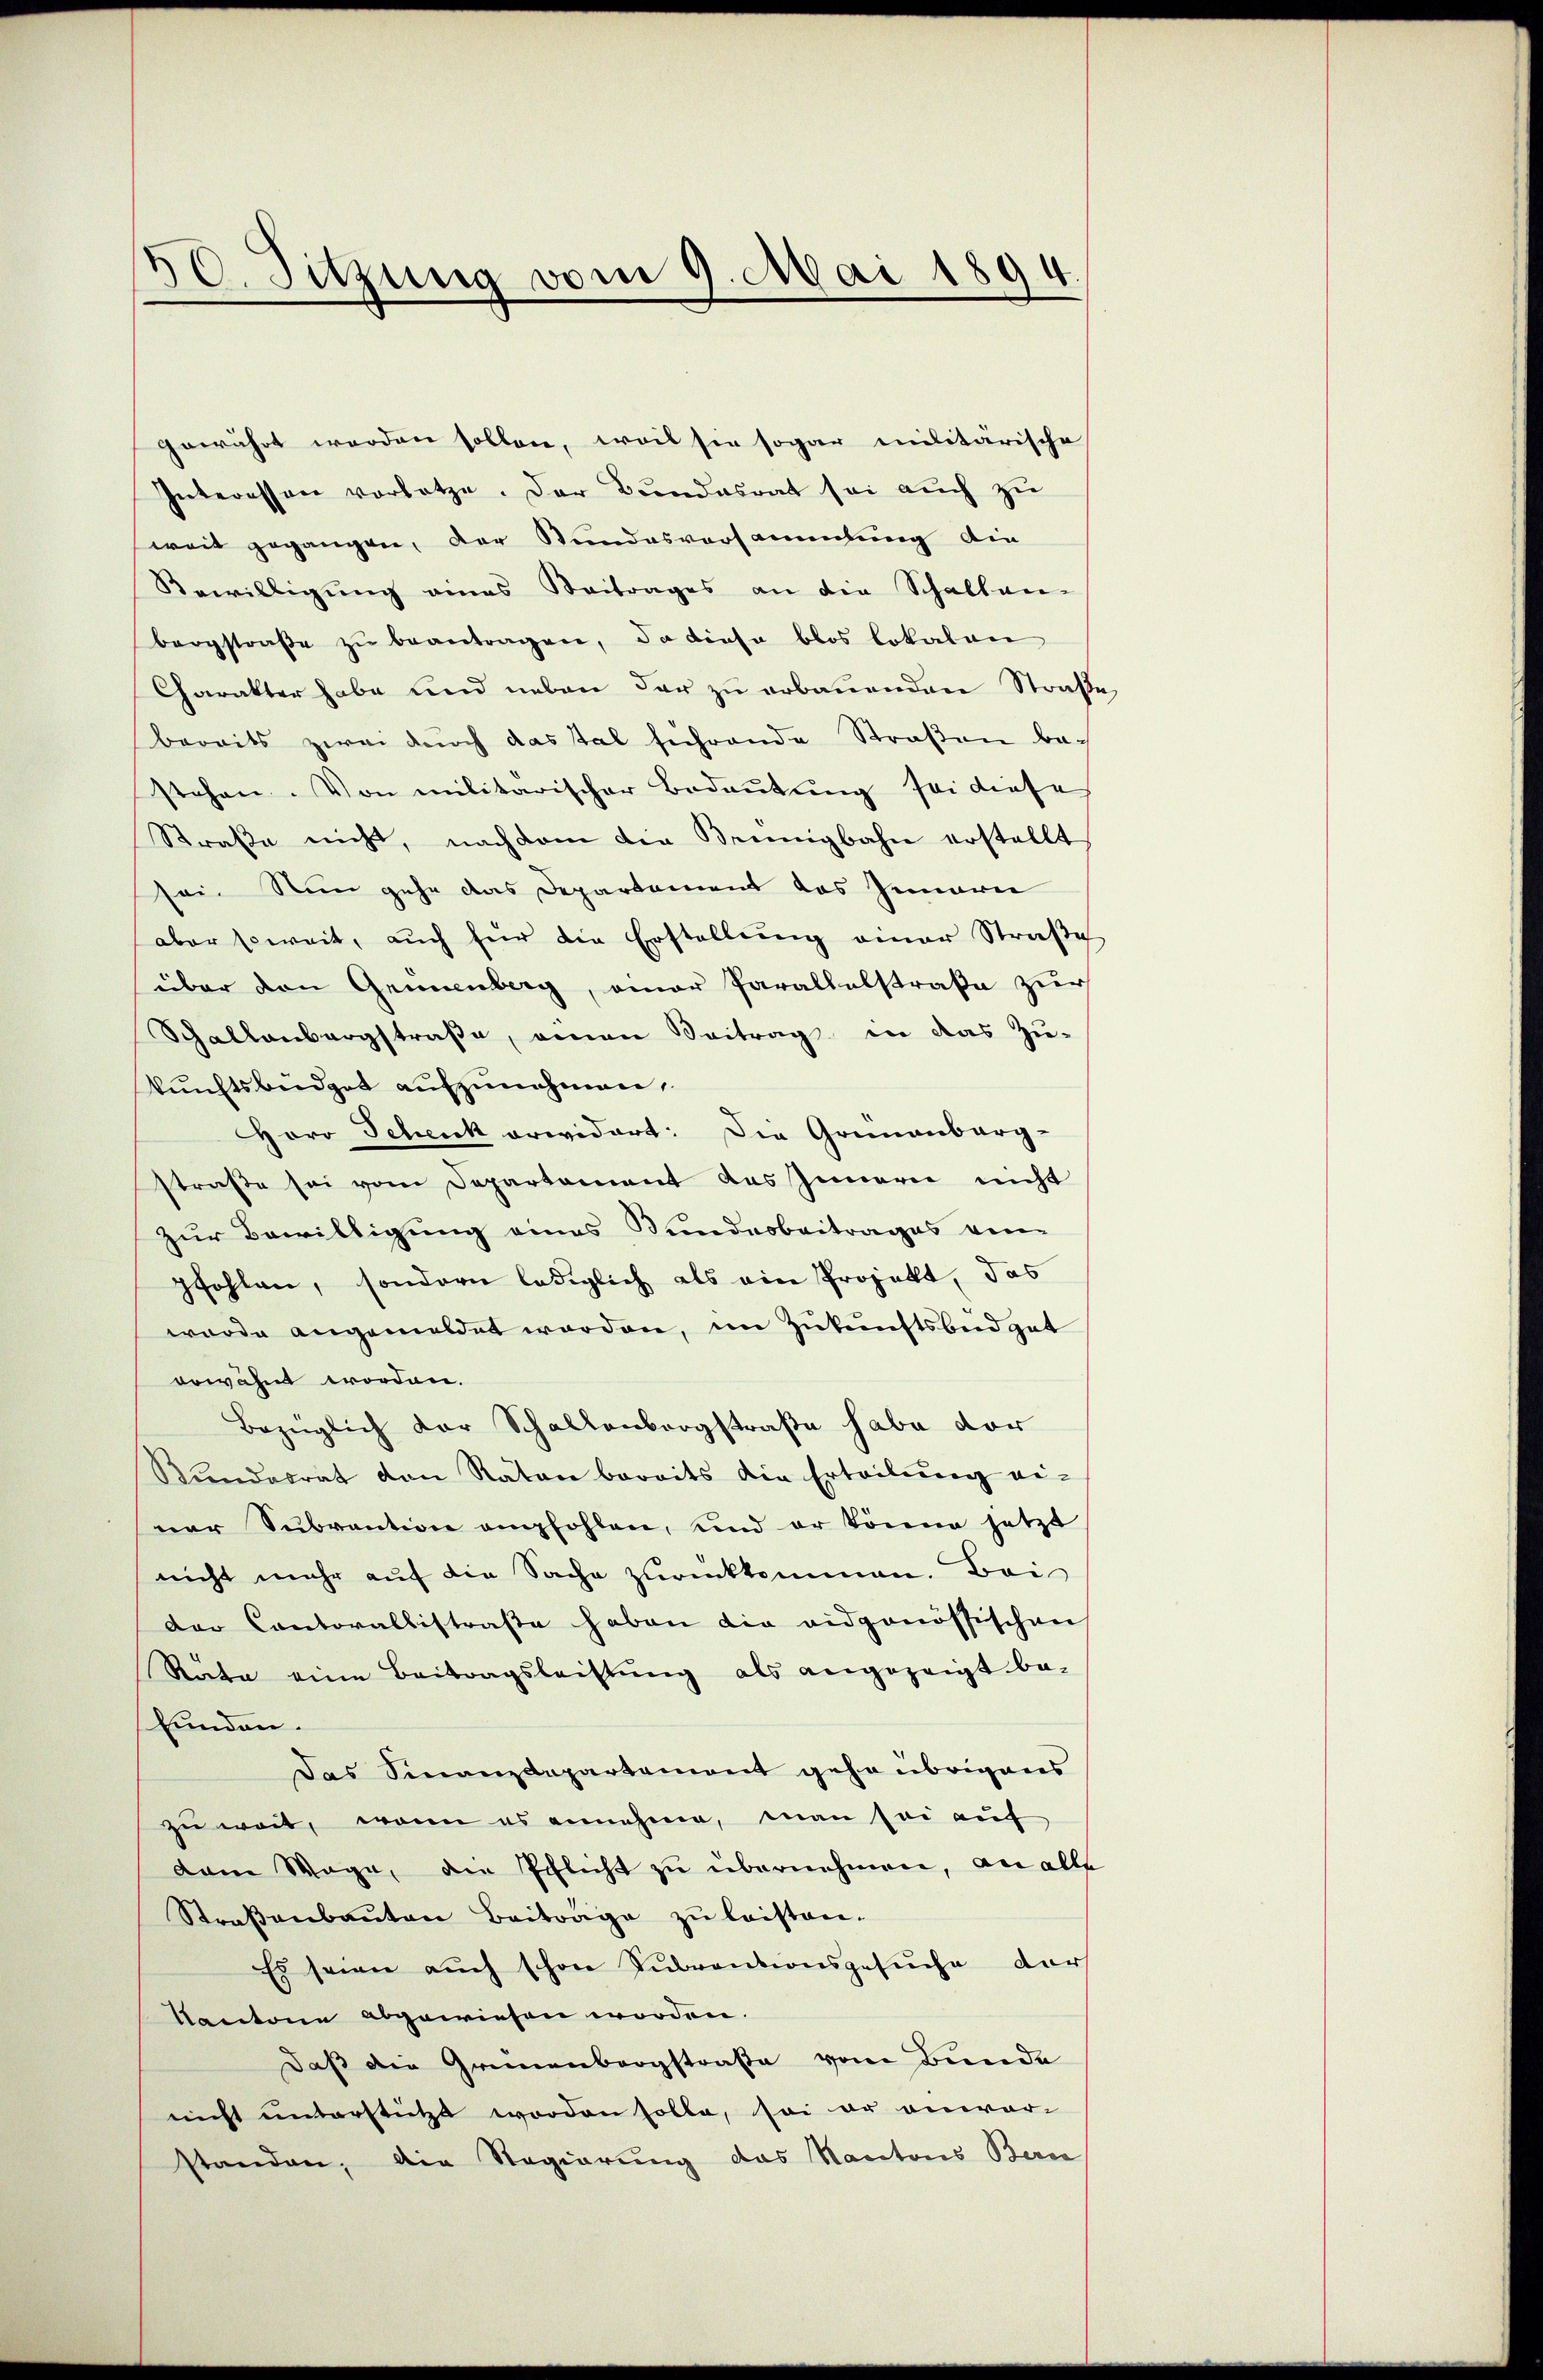
50. Sitzung vom 9. Mai 1894

weit gegangen, der Stundesversammlung die
Bewilligung eines Beitrages an die Schalten-
bergstraβe zŭ beantragen, da diese blos lokalen
Charakter habe und neben der zu erbauenden Straß
bereits zwei durch das tal führende Straßen be-
stehen. Von militarischer Bedeutung sei diese
Straße nicht, nachdem die Bennigbahn erstellt
sei. Nun gehe das Departement das Inneren
aber soweit, auch für die Erstellung einer Straße
über den Gennenberg, einer Parallelstraße zur
Schallenbergstraße, einen Beitrag in das Zu-
kunftsbüdget aufzunehmen,
Horo Schenk erwidert: Die Grünenberg-
straße sei vom Departement des Innern nicht
zur Bewilligung eines Bundesbeitrages von
pfohlen, sondern lediglich als ein Projekt, das
wurde angemeldet worden, in Zukunftsbedgat
erwähnt worden.
Bezüglich der Schallenbergstraße habe vor
Rŭndesrat den Raten bereits die Erteilŭng ei-
ner Subvention empfohlen, und er könne jetzt
nicht mehr auf die Sache zurückkommen. Bei
der Cantorallistraße haben die eidgenössischen
Räte eine Beitragsleistung als angezeigt be-
funden.
Das Finanzdepartement gehe übrigens
zu weit, wenn es annehme, man sei auf
dam Wage, die schlicht zu übernehmen, an alls
Straβenbaŭten Beitrage zŭ leisten.
Es seien auch schon Subventionsgesuche der
Kantone abgewiesen worden.
Daß die Grünenbergstraße vom Bunde
nicht unterstützt worden solle, so er anwor-
standen, die Regierung das Kantons Beri

gewährt werden sollen, weil sie sogar militärische
Interessen vorletze. Der Bundesrat sei auch zu

e